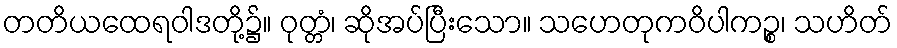
တတိယထေရဝါဒတို့၌။ ဝုတ္တံ၊ ဆိုအပ်ပြီးသော။ သဟေတုကဝိပါကဉ္စ၊ သဟိတ်